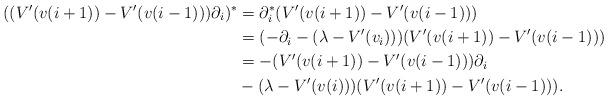
LaTeX: \begin{align*} ((V' (v(i + 1)) - V' (v(i - 1))) \partial_i)^{\ast} &= \partial_i^{\ast} (V' (v(i + 1)) - V' (v(i - 1))) \\ & = (- \partial_i - (\lambda - V' (v_i))) (V' (v(i + 1)) - V' (v(i - 1))) \\ &= - (V' (v(i + 1)) - V' (v(i - 1))) \partial_i \\ &- (\lambda - V' (v(i))) (V' (v(i + 1)) - V' (v(i - 1))). \end{align*}